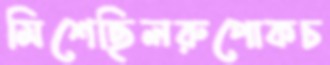
মিশেছিলরুপোকচ